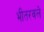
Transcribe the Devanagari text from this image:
भीतरवले